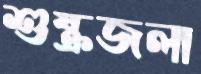
শুষ্কজলা